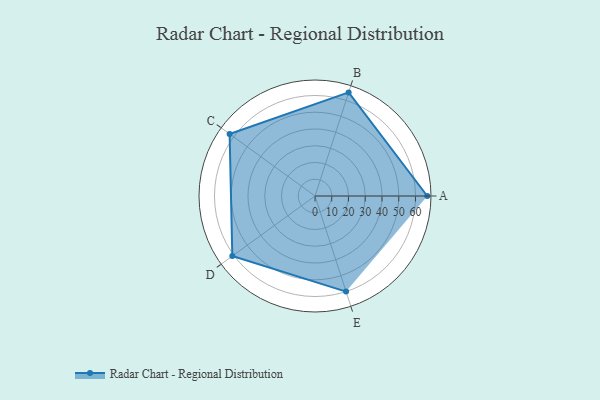
{"axis": {"x": "Skill", "y": "Score"}, "legend": ["Profile"], "data": [{"x": "A", "y": 67.0, "type": "Profile"}, {"x": "B", "y": 65.0, "type": "Profile"}, {"x": "C", "y": 63.0, "type": "Profile"}, {"x": "D", "y": 61.0, "type": "Profile"}, {"x": "E", "y": 60.0, "type": "Profile"}]}